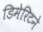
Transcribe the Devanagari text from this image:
डिमेरिटने